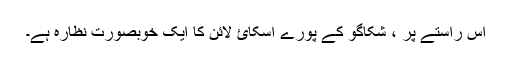
اس راستے پر ، شکاگو کے پورے اسکائ لائن کا ایک خوبصورت نظارہ ہے۔